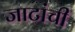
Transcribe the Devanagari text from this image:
जाटांची